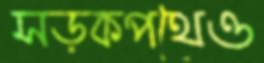
সড়কপথেও